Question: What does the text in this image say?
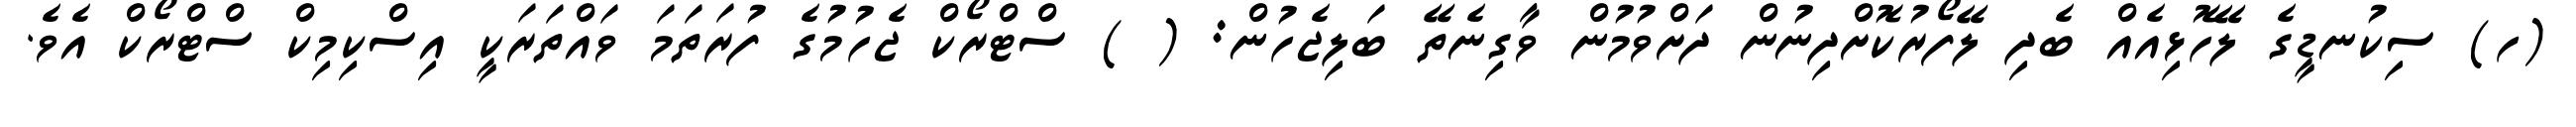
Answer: (ހ) ސިކުނޑީގެ ލޭހޮޅިއެއް ބެދި ލޭފޯރުކޮށްދިނުން ދަށްވުމުން ވާގިނެތޭ ބަލިޖެހުން: ( ) ސްޓްރޯކް ޖެހުމުގެ ފުރަތަމަ ވައްތަރަކީ އިސްކިމިކް ސްޓްރޯކް އެވެ.